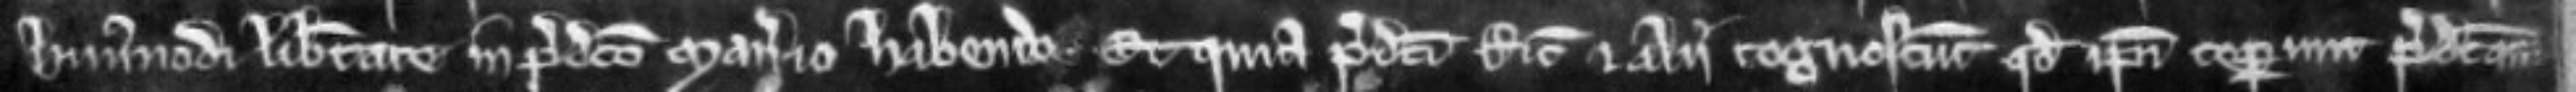
hujusmodi libertate in predicto manerio habenda. Et quia predicti Ricardus et alii cognoscunt quod ipsi ceperunt predictam